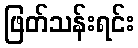
ဖြတ်သန်းရင်း